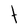
Character: t